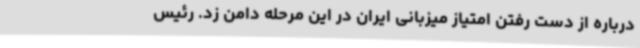
درباره از دست رفتن امتیاز میزبانی ایران در این مرحله دامن زد. رئیس